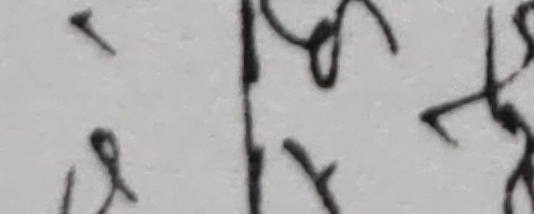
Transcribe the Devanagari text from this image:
वि।क्ति